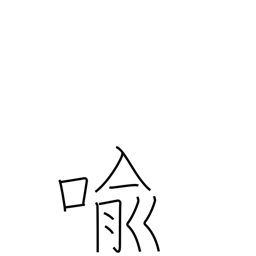
Meaning: metaphor